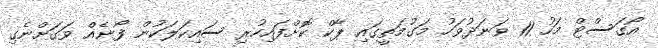
އޯގަސްޓް މަހު 11 ވަނަދުވަހު މަގުމަތީގައި ޕާކް ކޮށްފައިހުރި ސައިކަލަކުން ފޯނެއް ވަގަށްނެގި